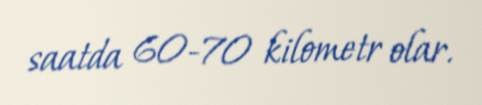
saatda 60-70 kilometr olar.